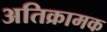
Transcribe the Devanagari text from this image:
अतिक्रामक